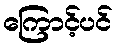
ကြောင့်ပင်